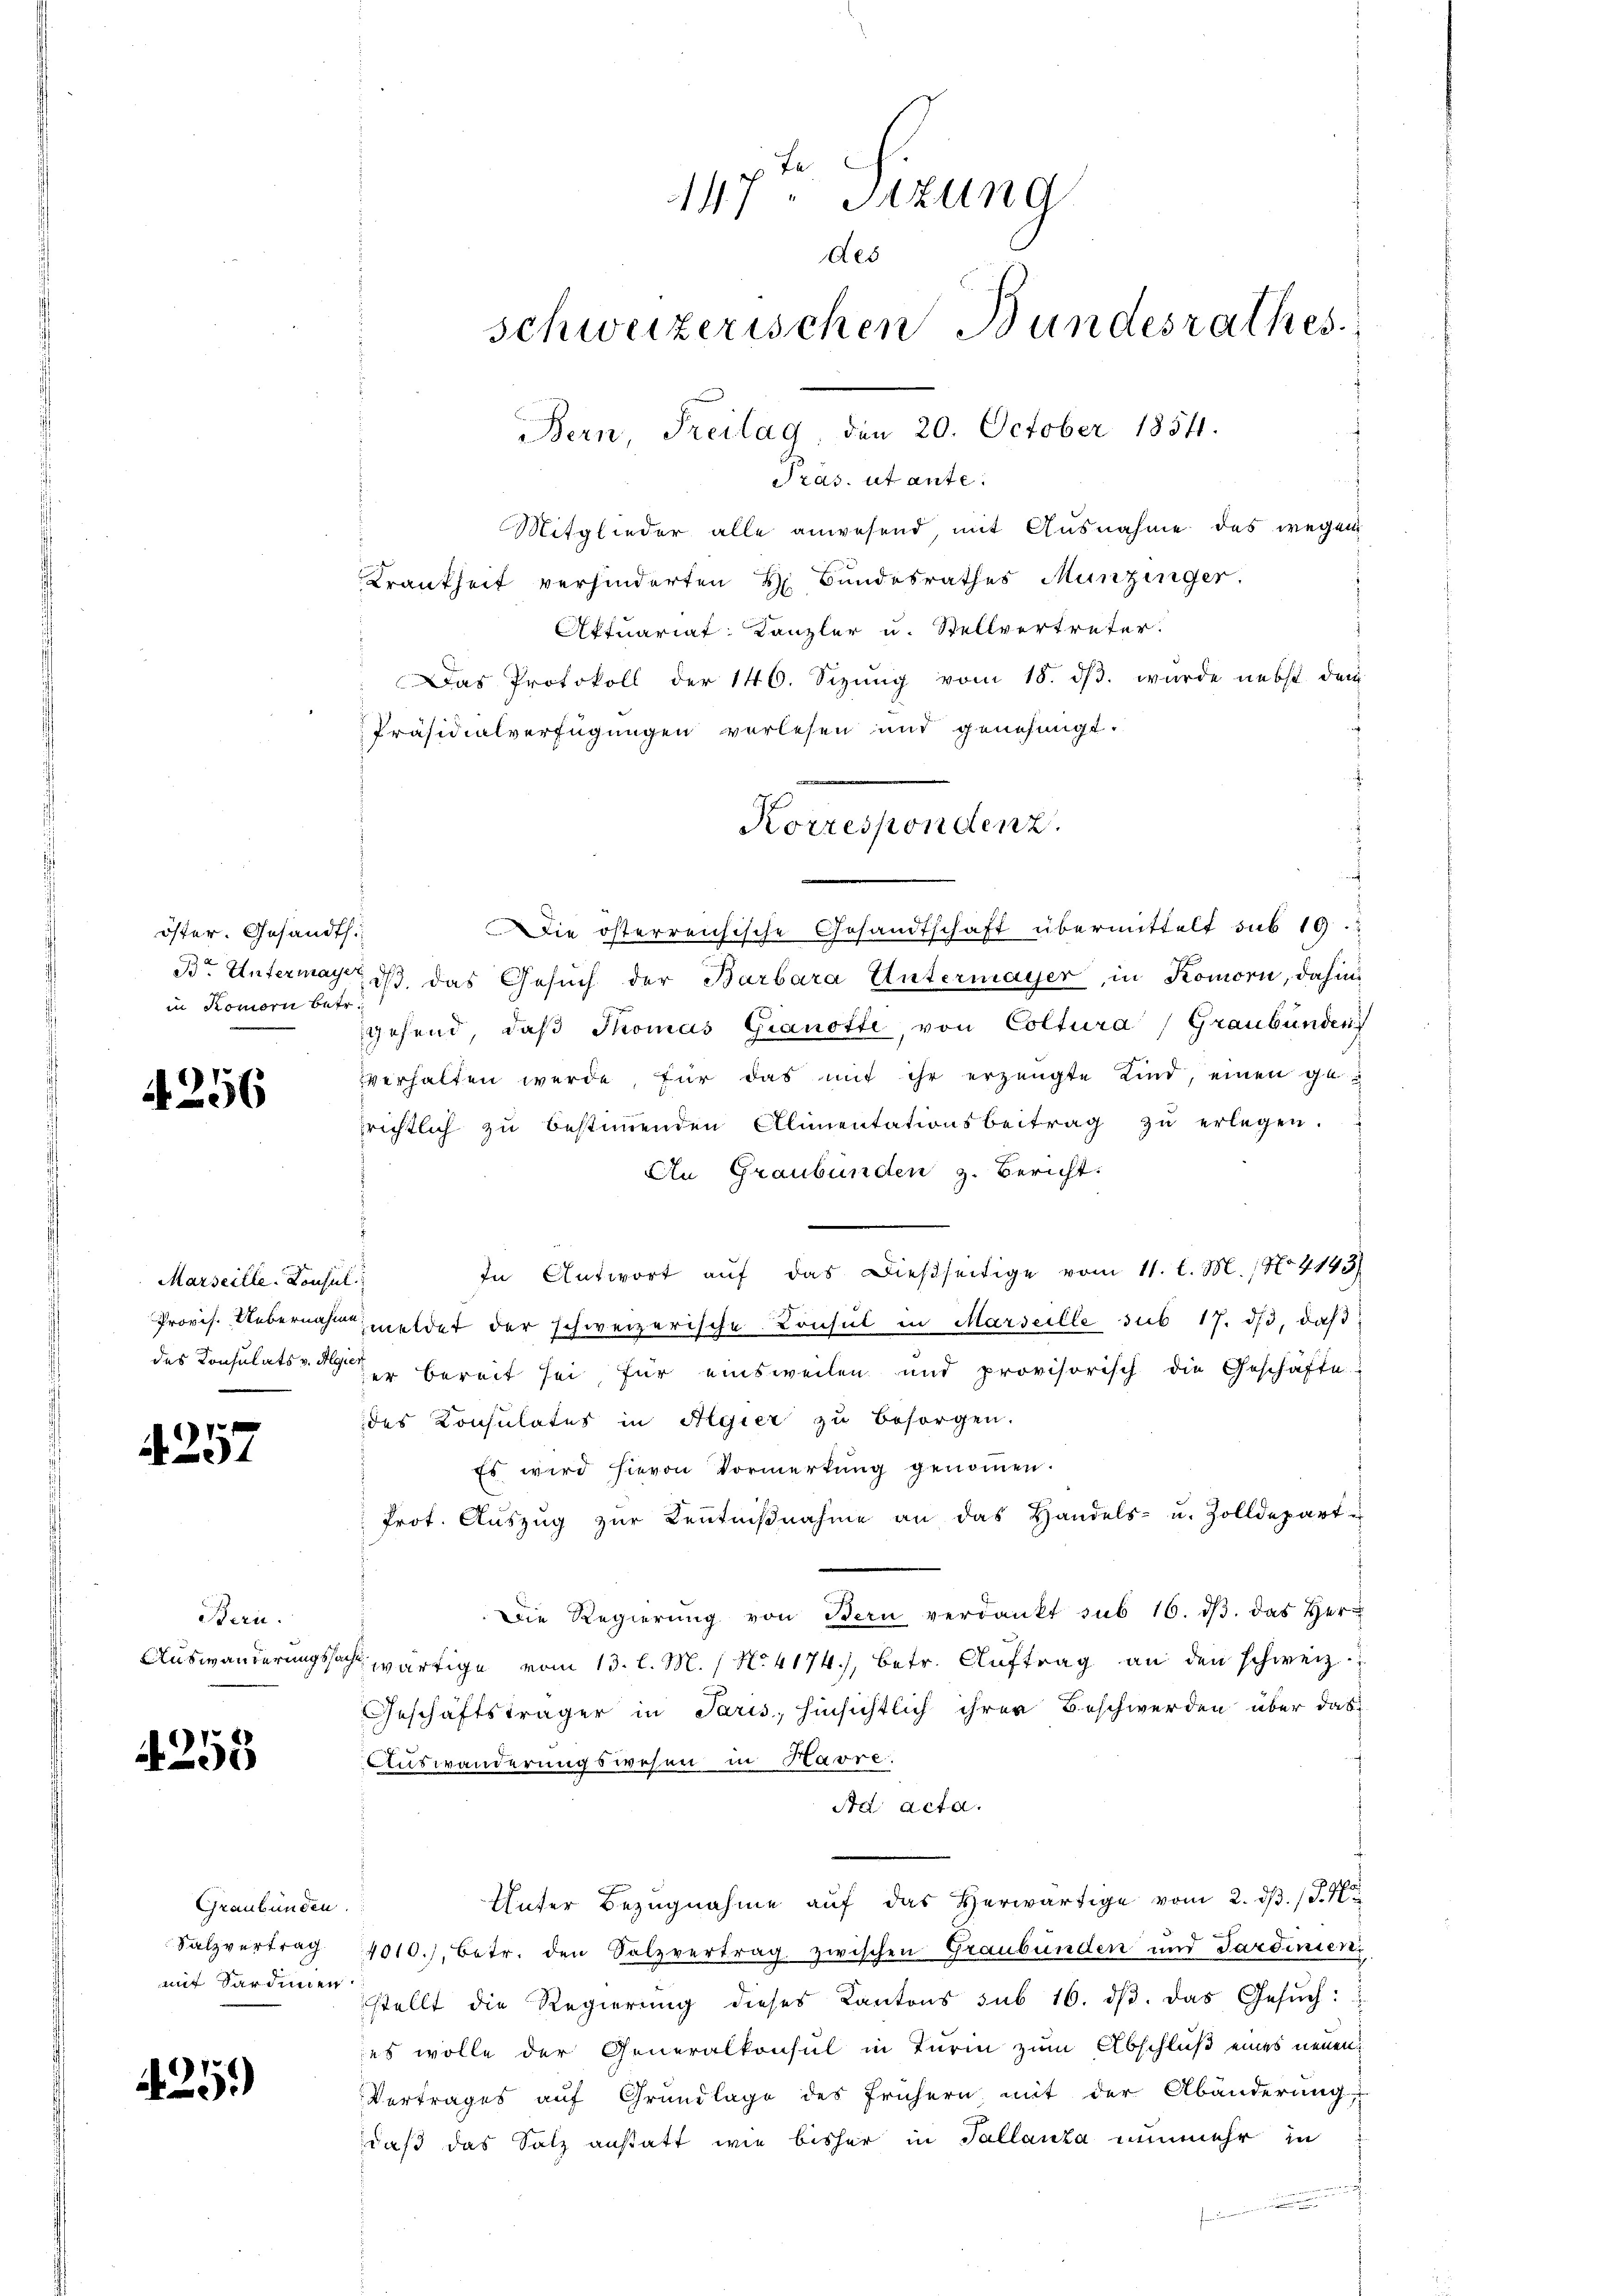
öster. Gesandth
in Komorii betr.

)
496

Marseille-Konsul
des Konsulats v. Algier

4257

Bern.

4253

Graubünden.
Salzvertrag.
mit Sardinen

425)

Sras. ut ante.
Mitglieder alle anwesend, mit Ausnahme des wegen
Krankheit verhinderten H. Bundesrathes Munzinger.
Aktuariat Kanzler u. Stellvertreter.
Das Protokoll der 146. Sizung vom 18. dβ. wurde nebst dem
7
Präsidialverfügungen verlesen und genehmigt.
Die österreichische Gesandtschaft übermittelt sub 19
Br. Untermagen, dß das Gesŭch der Barbara Untermayer, in Komori, dahin,
gehend, daß Thomas Gianotte, von Coltura, Graubünden
verhalten werde, für das mit ihr erzeugte Kind, einen gerichtlich zŭ bestiṁenden Alimentationsbeitrag zŭ erlegen.
An Graubünden z. Bericht:
In Antwort auf das Dießseitige vom 11. l. M., No 4143)
Provis. Uebernahme meldet der schweizerische Konsul in Marseille sub 17. ds, daß
er bereit sei, für einsweilen und provisorisch die Geschäfte
des Konsulates in Algier zu besorgen.
Es wird hievon Vormerkŭng genoṁen.
Prot. Auszug zur Kenntnißnahme an das Handels- u. Zolldepart u
Die Regierŭng von Bern verdankt sub 16. dβ das Herr
Auswanderungssach wärtige vom 13. l. M. / No. 4174), betr. Aŭftrag an den schweiz.
Geschäftsträger in Paris, hinsichtlich ihrer Beschwerden über das
Auswanderungswesen in Havre:
Ad acta.
Unter Bezugnahme auf das Herwärtige vom 2. dβ. /. M
4010., betr. den Salzvertrag zwischen Graubünden und Sardinien,
stellt die Regierung dieses Kantons sub 16. dβ. das Gesŭch:
es wolle der Generalkonsul in Turin zum Abschluß eines neuen
Vertrages auf Grundlage des frühern mit der Abänderung,
daß das Satz anstatt wie bisher in Tallanza nunmehr in

Fr

147 Sitzung
Aes
schweizerischen Bundesrathes
Bern, Freilag, den 20. October 1854.

Korrespondenz.